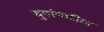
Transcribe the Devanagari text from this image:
युगांमधील